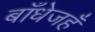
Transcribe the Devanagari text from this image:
बाँधेजहँ